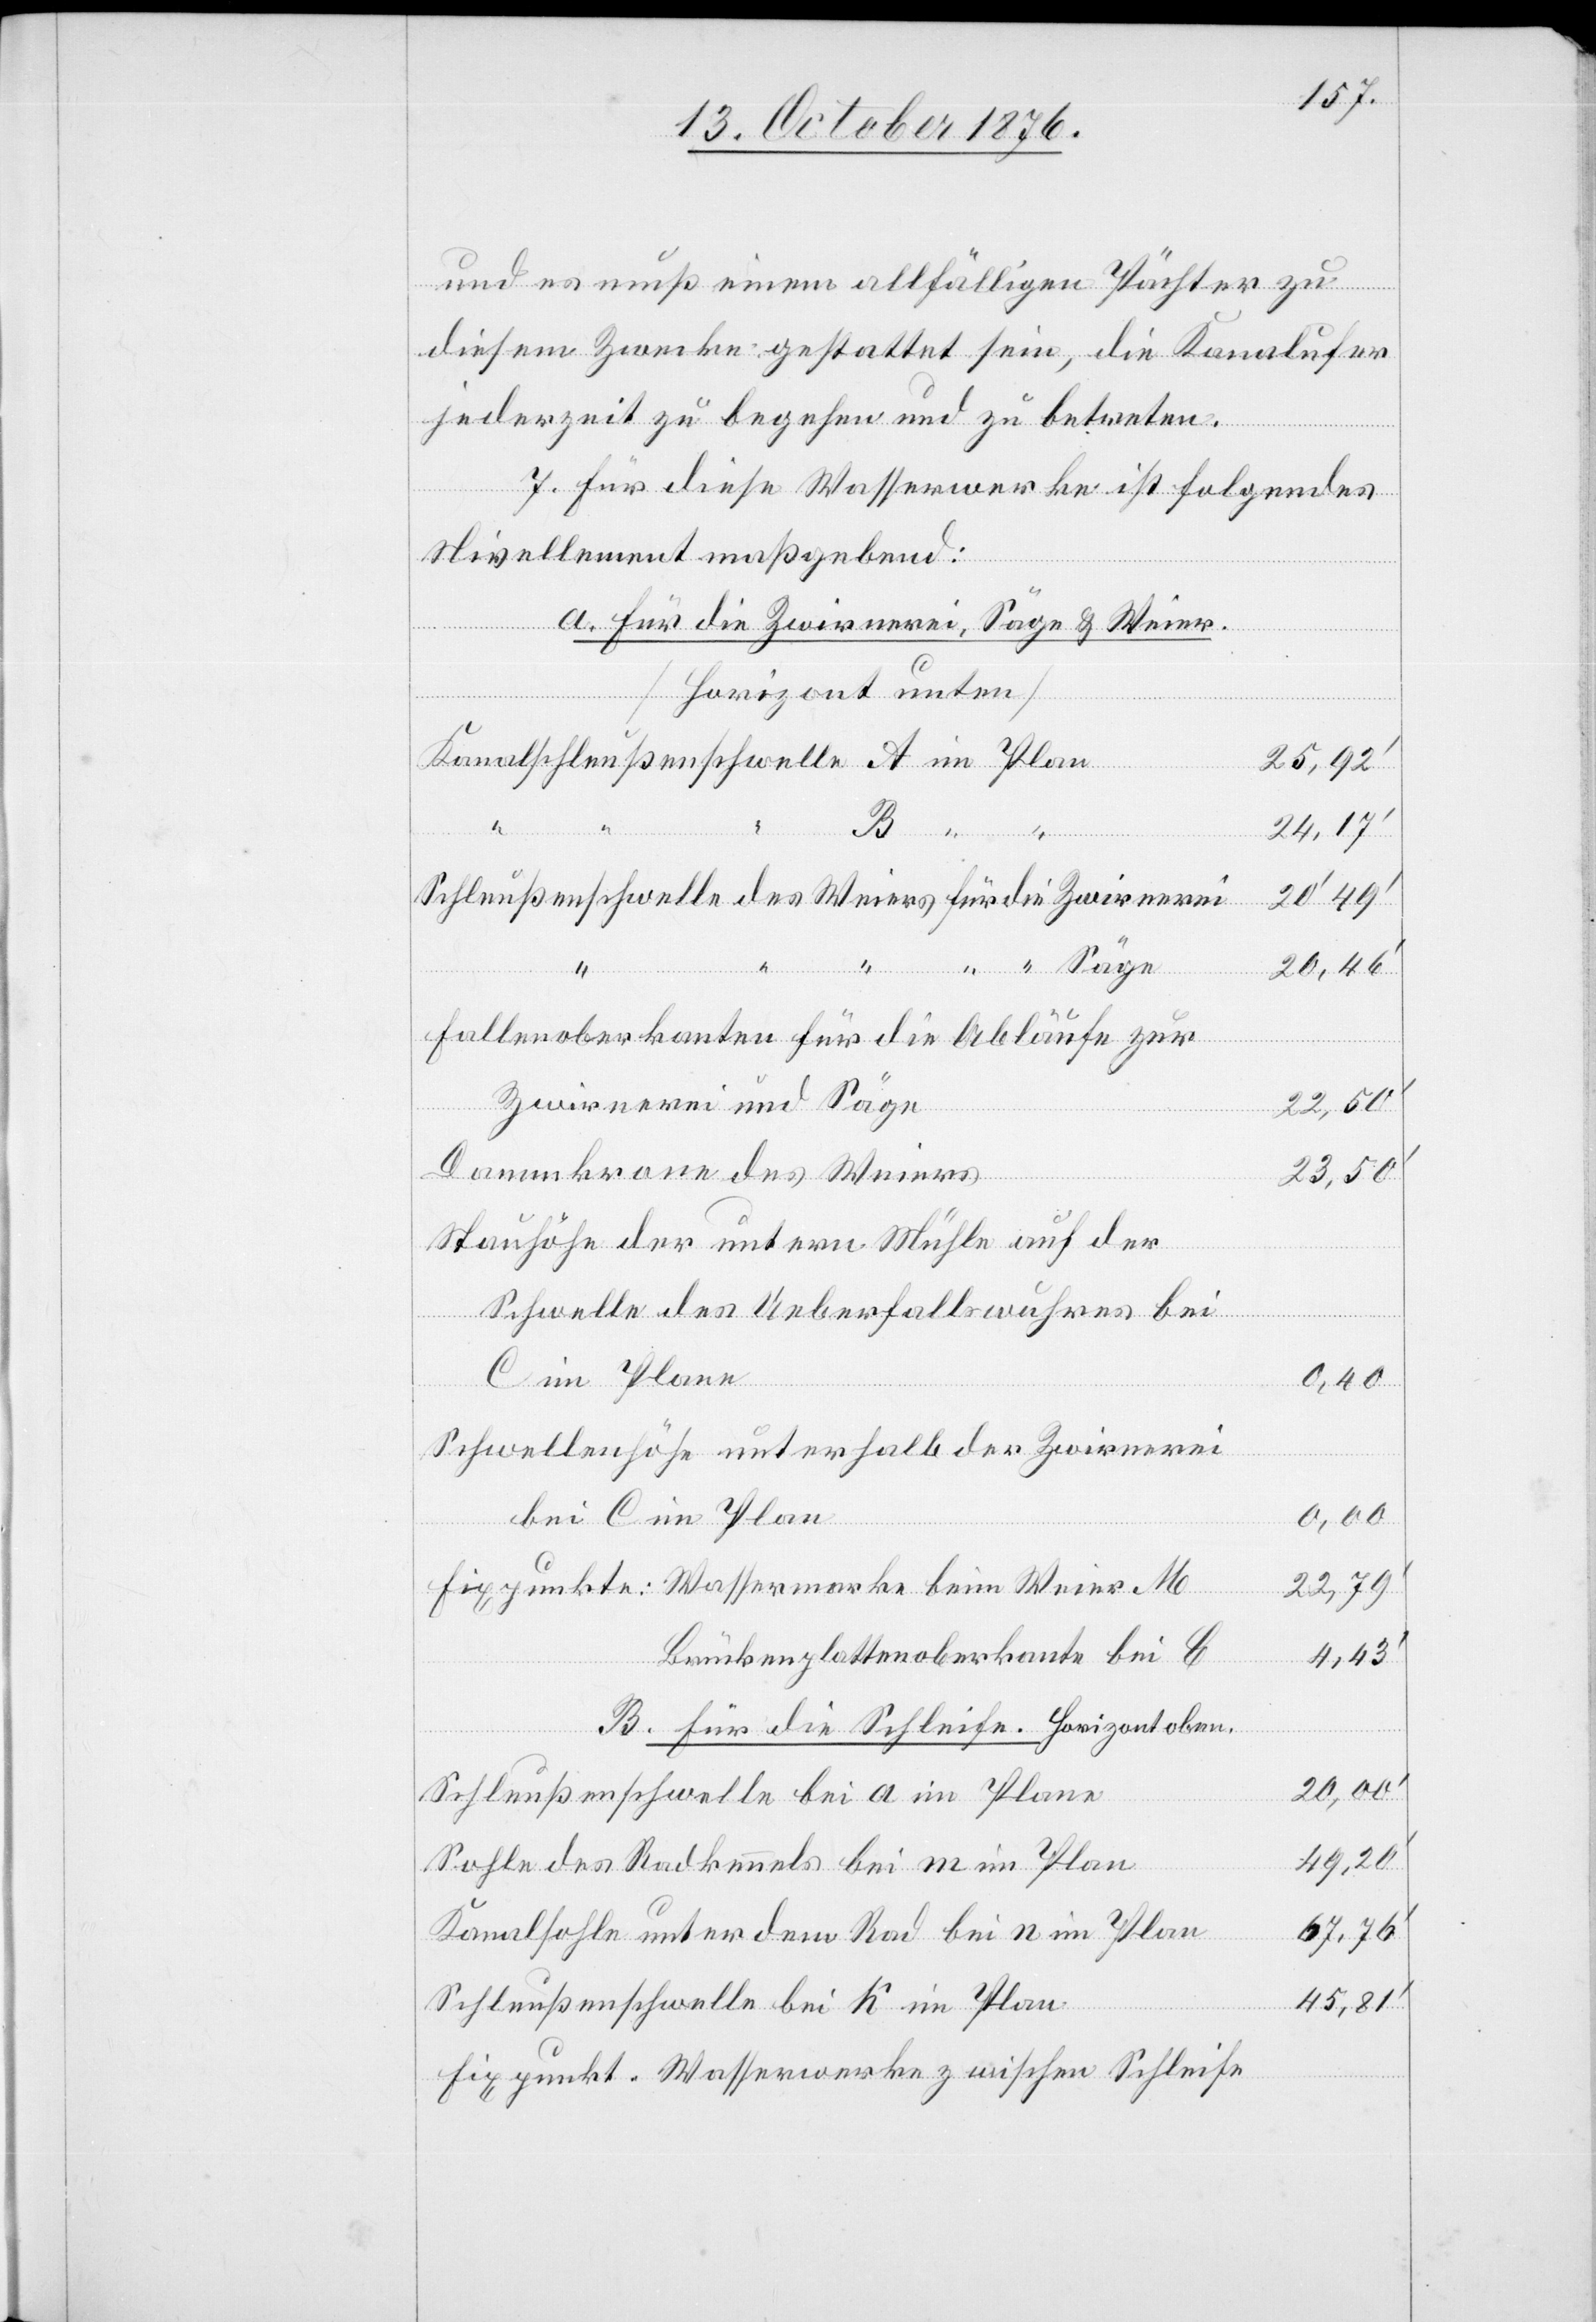
und es muß einem allfälligen Pächter zu
diesem Zwecke gestattet sein, die Kanalufer
jederzeit zu begehen und zu betreten.
7. Für diese Wasserwerke ist folgendes
Nivellement maßgebend:
a. Für die Zwirnerei, Säge & Weier.
[Horizont unten]
25,92‘
Schleußenschwelle des Weiers für die Zwirnerei
20,49‘
“ “ Säge
20,46‘
“
Fallenoberkanten für die Abläufe zur
Zwirnerei und Säge
22,50‘
Dammkrone des Weiers
23,50‘
Stauhöhe der untern Mühle auf der
im
Schwelle des Ueberfallswuhres bei
C im Plane
0,40
Schwellenhöhe unterhalb der Zwirnerei
bei C im Plan
Fixpunkte: Wasserwerke beim Weier M
22,79‘
Brückenplattenoberkante bei C
4,43‘
B. Für die Schleife. Horizont oben.
20,00‘
Schleußenschwelle bei a im Plane
49,20‘
Sohle des Radkennels bei m im Plan
67,76‘
Kanalsohle unter dem Rad bei n im Plan
45,81‘
Schleußenschwelle bei K im Plan
Fixpunkt. Wasserwerke zwischen Schleife